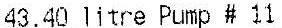
43.40 LITRE PUMP # 11